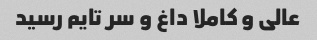
عالی و کاملا داغ و سر تایم رسید